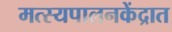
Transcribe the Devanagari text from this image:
मत्स्यपालनकेंद्रात